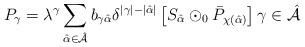
LaTeX: \begin{align*}P_{\gamma }=\lambda ^{\gamma }\sum_{\hat{\alpha}\in \hat{\mathcal{A}}}b_{\gamma \hat{\alpha}}\delta ^{\left\vert \gamma \right\vert -\left\vert \hat{\alpha}\right\vert }\left[ S_{\hat{\alpha}}\odot _{0}\bar{P}_{\chi\left( \hat{\alpha}\right) }\right] \gamma \in \hat{\mathcal{A}} \end{align*}